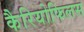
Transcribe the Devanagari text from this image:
कैरियोफिलस